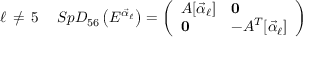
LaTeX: \ell \, \neq \, 5 \quad \, S p D _ { 5 6 } \left( E ^ { { \vec { \alpha } } _ { \ell } } \right) = \left( \begin{array} { l l } { { A [ { { \vec { \alpha } } _ { \ell } } ] } } & { { { \bf 0 } } } \\ { { { \bf 0 } } } & { { - A ^ { T } [ { { \vec { \alpha } } _ { \ell } } ] } } \end{array} \right)